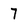
Character: 7